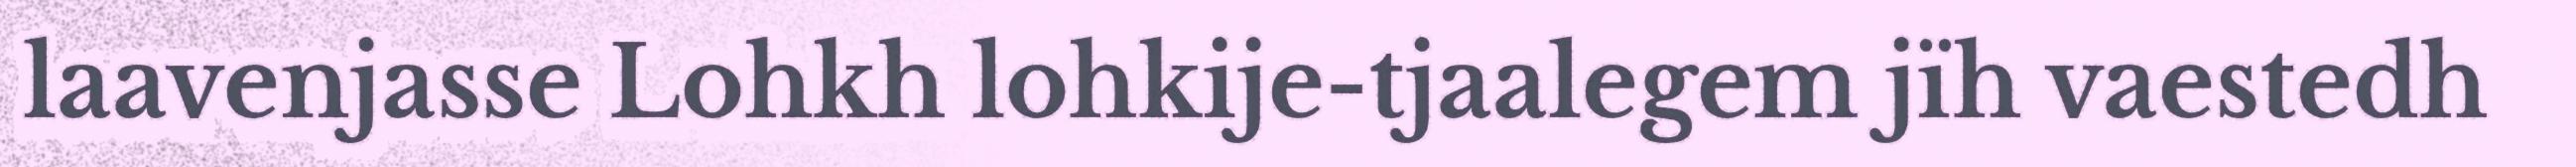
laavenjasse Lohkh lohkije-tjaalegem jïh vaestedh